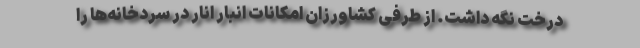
درخت نگه داشت. از طرفی کشاورزان امکانات انبار انار در سردخانه‌ها را